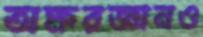
অক্ষরজ্ঞানও